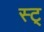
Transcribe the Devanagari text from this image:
स्ट्